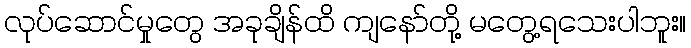
လုပ်ဆောင်မှုတွေ အခုချိန်ထိ ကျနော်တို့ မတွေ့ရသေးပါဘူး။